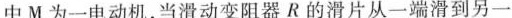
中M为一电动机，当滑动变阻器R的滑片从一端滑到另